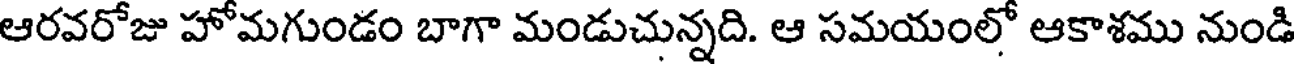
ఆరవరోజు హోమగుండం బాగా మండుచున్నది. ఆ సమయంలో ఆకాశము నుండి